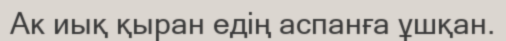
Ак иық қыран едің аспанға ұшқан.